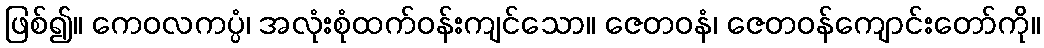
ဖြစ်၍။ ကေဝလကပ္ပံ၊ အလုံးစုံထက်ဝန်းကျင်သော။ ဇေတဝနံ၊ ဇေတဝန်ကျောင်းတော်ကို။